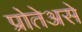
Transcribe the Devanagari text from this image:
प्रोतेअसे